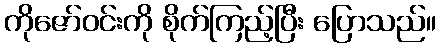
ကိုဇော်ဝင်းကို စိုက်ကြည့်ပြီး ပြောသည်။